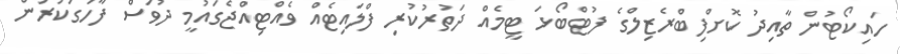
ހައިކޯޓުން ތާއިދު ކޮށްފިބްރެޒިލްގެ ފުޓްބޯޅަ ޓީމެއް ދަތުރުކުރި ފްލައިޓެއް ވެއްޓިއްޖެގައުމީ ދުވަސް ފާހަގަކުރަން